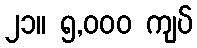
၂၁။ ၅,၀၀၀ ကျပ်